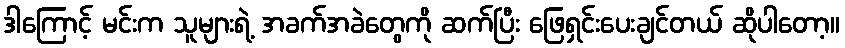
ဒါကြောင့် မင်းက သူများရဲ့ အခက်အခဲတွေကို ဆက်ပြီး ဖြေရှင်းပေးချင်တယ် ဆိုပါတော့။